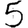
Digit: 5